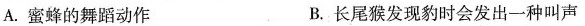
A.蜜蜂的舞蹈动作 B.长尾猴发现豹时会发出一种叫声